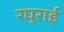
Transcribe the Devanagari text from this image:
रघुराई